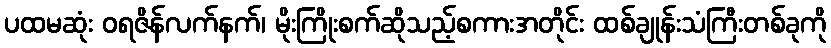
ပထမဆုံး ဝရဇိန်လက်နက်၊ မိုးကြိုးစက်ဆိုသည့်စကားအတိုင်း ထစ်ချုန်းသံကြီးတစ်ခုကို